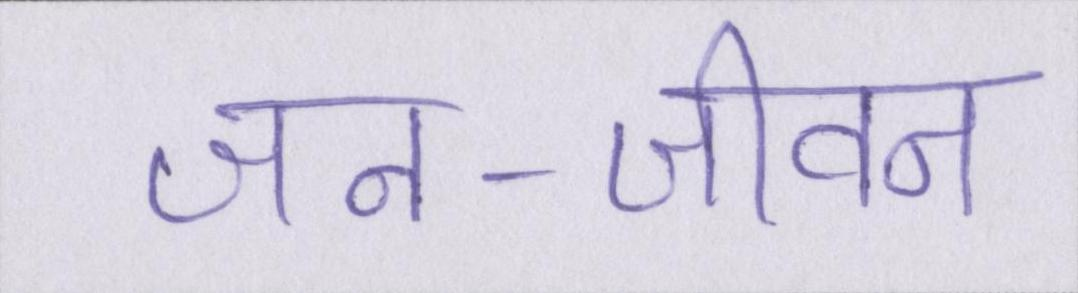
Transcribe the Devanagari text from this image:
जन-जीवन